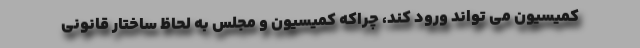
کمیسیون می تواند ورود کند، چراکه کمیسیون و مجلس به لحاظ ساختار قانونی